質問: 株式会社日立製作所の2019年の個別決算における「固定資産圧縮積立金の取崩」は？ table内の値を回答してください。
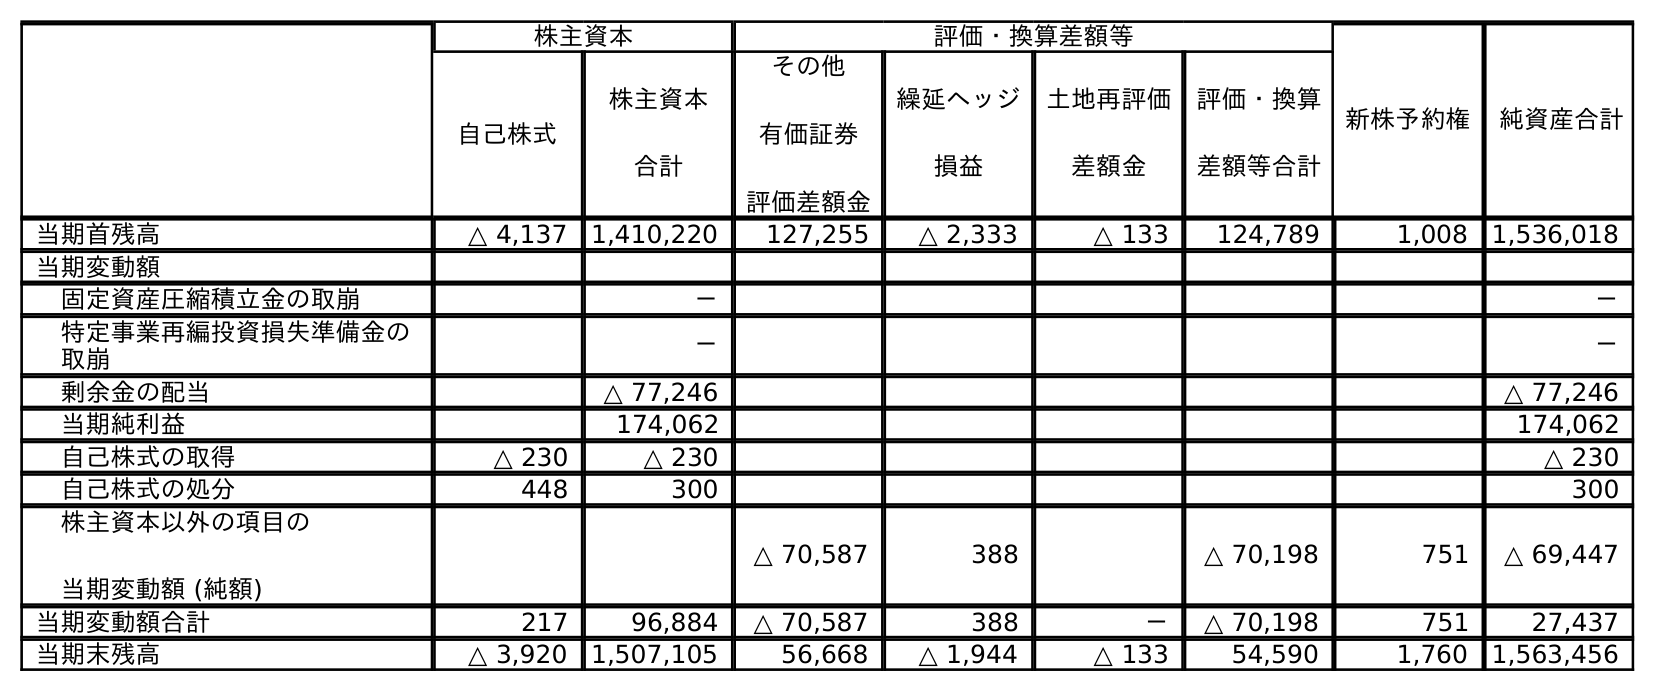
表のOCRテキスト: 株主資本 評価・換算差額等 新株予約権 純資産合計 自己株式 株主資本 合計 その他 有価証券 評価差額金 繰延ヘッジ 損益 土地再評価 差額金 評価・換算 差額等合計 当期首残高 △ 4,137 1,410,220 127,255 △ 2,333 △ 133 124,789 1,008 1,536,018 当期変動額 固定資産圧縮積立金の取崩 － － 特定事業再編投資損失準備金の 取崩 － － 剰余金の配当 △ 77,246 △ 77,246 当期純利益 174,062 174,062 自己株式の取得 △ 230 △ 230 △ 230 自己株式の処分 448 300 300 株主資本以外の項目の 当期変動額 (純額) △ 70,587 388 △ 70,198 751 △ 69,447 当期変動額合計 217 96,884 △ 70,587 388 － △ 70,198 751 27,437 当期末残高 △ 3,920 1,507,105 56,668 △ 1,944 △ 133 54,590 1,760 1,563,456
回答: －